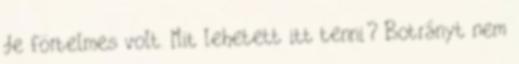
de förtelmes volt. Mit lehetett itt tenni? Botrányt nem